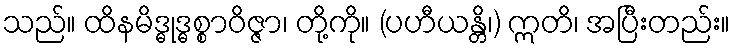
သည်။ ထိနမိဒ္ဓုဒ္ဓစ္စာဝိဇ္ဇာ၊ တို့ကို။ (ပဟီယန္တိ၊) ဣတိ၊ အပြီးတည်း။